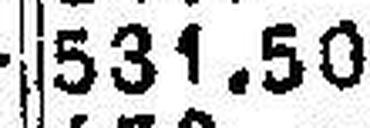
531.50